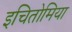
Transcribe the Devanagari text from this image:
इचितोमिया